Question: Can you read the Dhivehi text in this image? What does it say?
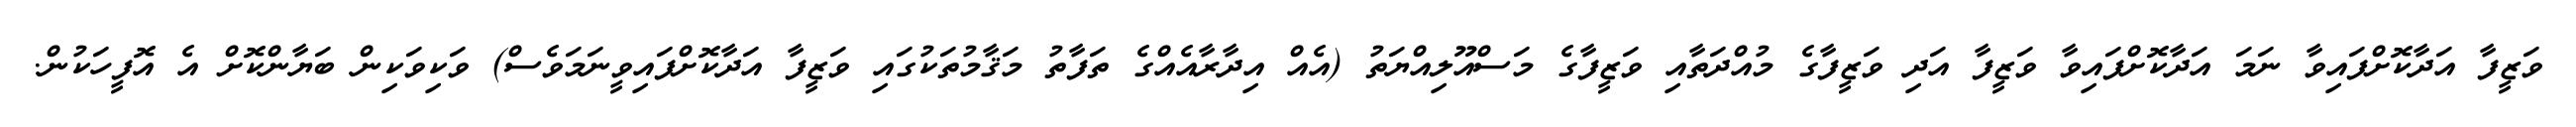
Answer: ވަޒީފާ އަދާކޮށްފައިވާ ނަމަ އަދާކޮށްފައިވާ ވަޒީފާ އަދި ވަޒީފާގެ މުއްދަތާއި ވަޒީފާގެ މަސްއޫލިއްޔަތު (އެއް އިދާރާއެއްގެ ތަފާތު މަޤާމުތަކުގައި ވަޒީފާ އަދާކޮށްފައިވީނަމަވެސް) ވަކިވަކިން ބަޔާންކޮށް އެ އޮފީހަކުން.